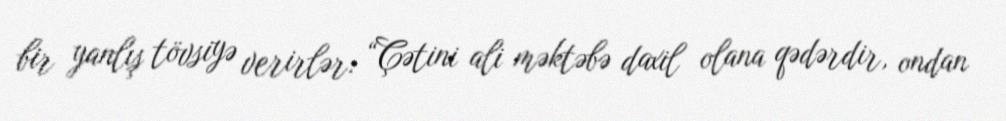
bir yanlış tövsiyə verirlər: “Çətini ali məktəbə daxil olana qədərdir, ondan